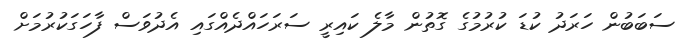
ސަބަބުން ހަރަދު ކުޑަ ކުރުމުގެ ގޮތުން މާލެ ކައިރީ ސަރަހައްދެއްގައި އެދުވަސް ފާހަގަކުރުމަށް